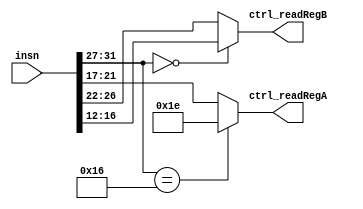
module decodeStage(ctrl_readRegA, ctrl_readRegB,insn);
    input[31:0] insn;

    output [4:0] ctrl_readRegA,ctrl_readRegB;

    wire[4:0] op,rd,rs,rt;
    wire insnTemp, bExecute;
    //read the instruction into parts
    assign op = insn[31:27];
    assign rd = insn[26:22];
    assign rs = insn[21:17];
    assign rt = insn[16:12];

    assign insnTemp = (op == 5'd0);
    assign bExecute = (op == 5'b10110);

    //Read from rs unless bExecute is 30
    assign ctrl_readRegA = bExecute ? 5'd30 : rs;
    //if R instruction then read from rt, if not then rd for others
    assign ctrl_readRegB = insnTemp ? rt : rd;
endmodule